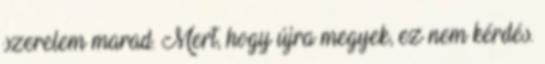
szerelem marad. Mert, hogy újra megyek, ez nem kérdés.